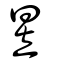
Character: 昱